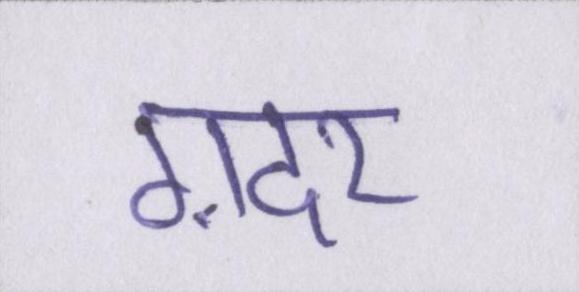
ग़दर